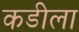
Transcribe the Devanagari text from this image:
कडीला